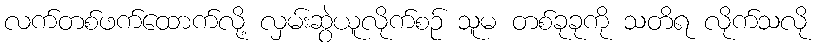
လက်တစ်ဖက်ထောက်လို့ လှမ်းဆွဲယူလိုက်စဉ် သူမ တစ်ခုခုကို သတိရ လိုက်သလို